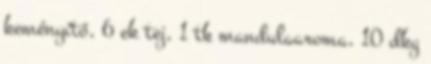
keményítő, 6 ek tej, 1 tk mandulaaroma, 10 dkg